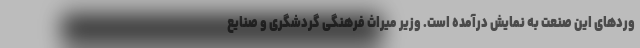
وردهای این صنعت به نمایش درآمده است. وزیر میراث فرهنگی گردشگری و صنایع